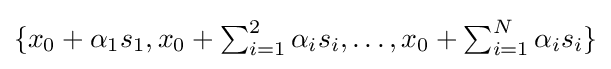
{\textstyle \{x_{0}+\alpha _{1}s_{1},{x}_{0}+\sum _{i=1}^{2}\alpha _{i}{s}_{i},\dots ,{x}_{0}+\sum _{i=1}^{N}\alpha _{i}{s}_{i}\}}